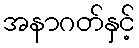
အနာဂတ်နှင့်